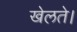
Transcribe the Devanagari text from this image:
खेलते।